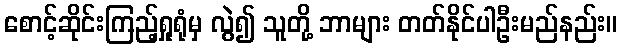
စောင့်ဆိုင်းကြည့်ရှုရုံမှ လွဲ၍ သူတို့ ဘာများ တတ်နိုင်ပါဦးမည်နည်း။